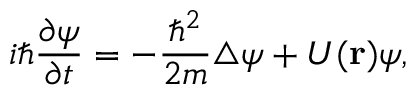
i \hbar { \frac { \partial \psi } { \partial t } } = - { \frac { { \hbar } ^ { 2 } } { 2 m } } \triangle \psi + U ( { \bf r } ) \psi ,